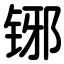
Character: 铘